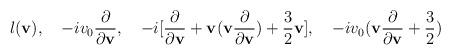
LaTeX: \begin{align*}l({\bf v}),\quad -i v_0\frac{\partial}{\partial {\bf v}},\quad -i [\frac{\partial}{\partial {\bf v}}+{\bf v}({\bf v}\frac{\partial}{\partial {\bf v}})+\frac{3}{2}{\bf v}],\quad -i v_0({\bf v}\frac{\partial}{\partial {\bf v}}+\frac{3}{2})\end{align*}